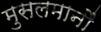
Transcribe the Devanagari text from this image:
मुसलमानौं